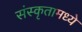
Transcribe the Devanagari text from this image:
संस्कृतामध्ये